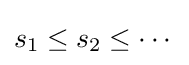
s_{1}\leq s_{2}\leq \cdots